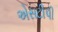
એસટીપી